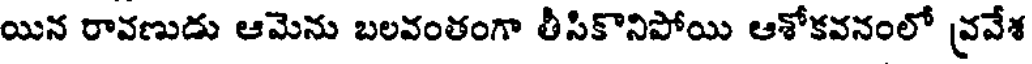
యిన రావణుడు ఆమెను బలవంతంగా తీసికొనిపోయి ఆశోకవనంలో వ్రవేశ